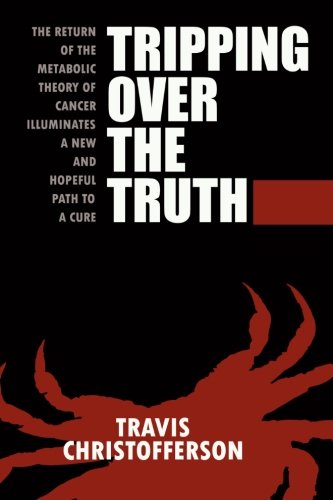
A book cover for Tripping Over the Truth: The Return of the Metabolic Theory of Cancer Illuminates a New and Hopeful Path to a Cure; Travis Christofferson; Health, Fitness & Dieting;